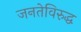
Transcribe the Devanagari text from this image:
जनतेविरुद्ध